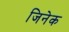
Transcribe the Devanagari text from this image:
जिनेक